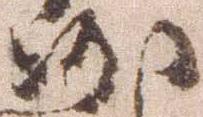
沙